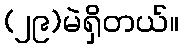
(၂၉)မဲရှိတယ်။